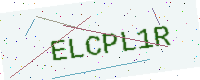
Text: ELCPL1R